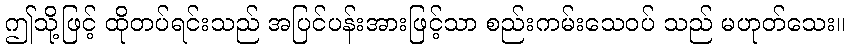
ဤသို့ဖြင့် ထိုတပ်ရင်းသည် အပြင်ပန်းအားဖြင့်သာ စည်းကမ်းသေဝပ် သည် မဟုတ်သေး။